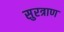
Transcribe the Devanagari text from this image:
सुरत्राण